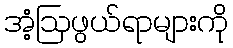
အံ့ဩဖွယ်ရာများကို